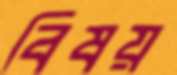
বিষয়